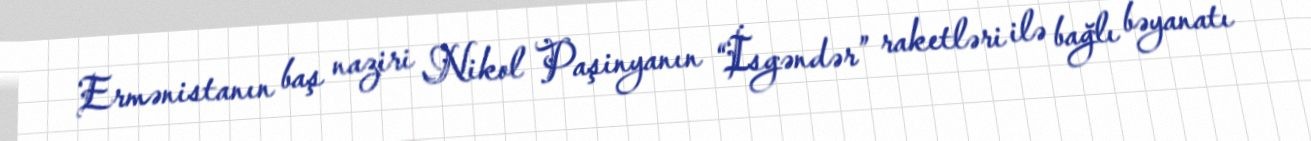
Ermənistanın baş naziri Nikol Paşinyanın “İsgəndər” raketləri ilə bağlı bəyanatı